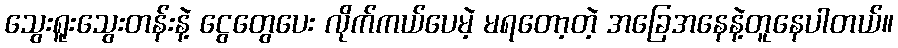
သွေးရူးသွေးတန်းနဲ့ ငွေတွေပေး လိုက်ကယ်ပေမဲ့ မရတော့တဲ့ အခြေအနေနဲ့တူနေပါတယ်။